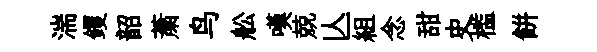
湍钁韶䔥鸟舩嘆兢亾組念甜史槛餅